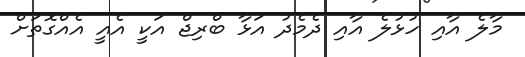
މާލެ އާއި ހުޅުލެ އާއި ދެމެދު އަޅާ ބްރިޖް އަކީ އެއީ އެއްގޮތަށް